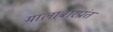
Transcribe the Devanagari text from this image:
मालाबारप्रांत